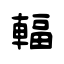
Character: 輻